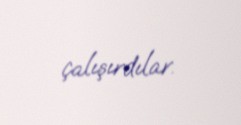
çalışırdılar.